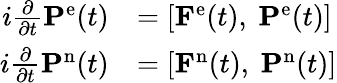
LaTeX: \begin{array}{rl}{i\frac{\partial}{\partial t}\mathbf{P}^{\mathrm{e}}(t)}&{=\left[\mathbf{F}^{\mathrm{e}}(t),\ \mathbf{P}^{\mathrm{e}}(t)\right]}\\ {i\frac{\partial}{\partial t}\mathbf{P}^{\mathrm{n}}(t)}&{=\left[\mathbf{F}^{\mathrm{n}}(t),\ \mathbf{P}^{\mathrm{n}}(t)\right]}\end{array}